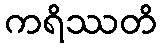
ကရိဿတိ